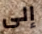
إلى